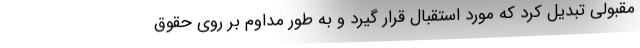
مقبولی تبدیل کرد که مورد استقبال قرار گیرد و به طور مداوم بر روی حقوق